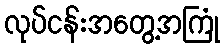
လုပ်ငန်းအတွေ့အကြုံ